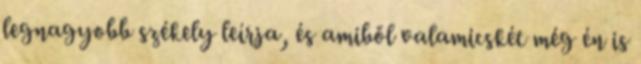
legnagyobb székely leírja, és amiből valamicskét még én is